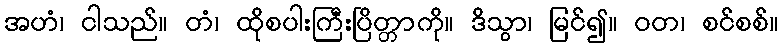
အဟံ၊ ငါသည်။ တံ၊ ထိုစပါးကြီးပြိတ္တာကို။ ဒိသွာ၊ မြင်၍။ ဝတ၊ စင်စစ်။